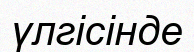
үлгісінде